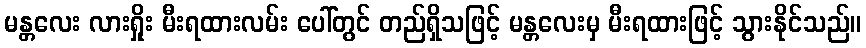
မန္တလေး လားရှိုး မီးရထားလမ်း ပေါ်တွင် တည်ရှိသဖြင့် မန္တလေးမှ မီးရထားဖြင့် သွားနိုင်သည်။